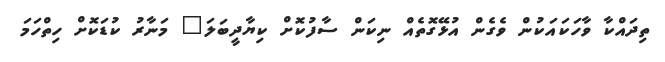
ތިދައްކާ ވާހަކައަކުން ވެގެން އުޅޭގޮތެއް ނިކަން ސާފުކޮށް ކިޔާދީބަލަ" މަނާރު ކުޑަކޮށް ހިތްހަމަ